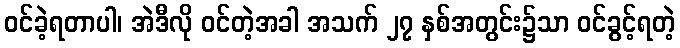
ဝင်ခဲ့ရတာပါ၊ အဲဒီလို ဝင်တဲ့အခါ အသက် ၂၇ နှစ်အတွင်း၌သာ ဝင်ခွင့်ရတဲ့